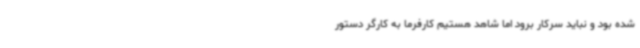
شده بود و نباید سرکار برود اما شاهد هستیم کارفرما به کارگر دستور